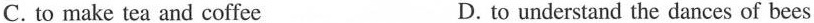
C. to make tea and coffee D. to understand the dances of bees